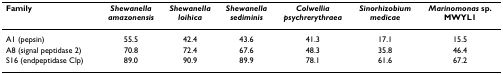
<table><thead><tr><td><b>Family</b></td><td><b><i>Shewanella</i><i>amazonensis</i></b></td><td><b><i>Shewanella</i><i>loihica</i></b></td><td><b><i>Shewanella</i><i>sediminis</i></b></td><td><b><i>Colwellia</i><i>psychrerythraea</i></b></td><td><b><i>Sinorhizobium</i><i>medicae</i></b></td><td><b><i>Marinomonas </i>sp.MWYL1</b></td></tr></thead><tbody><tr><td>A1 (pepsin)</td><td>55.5</td><td>42.4</td><td>43.6</td><td>41.3</td><td>17.1</td><td>15.5</td></tr><tr><td>A8 (signal peptidase 2)</td><td>70.8</td><td>72.4</td><td>67.6</td><td>48.3</td><td>35.8</td><td>46.4</td></tr><tr><td>S16 (endpeptidase Clp)</td><td>89.0</td><td>90.9</td><td>89.9</td><td>78.1</td><td>61.6</td><td>67.2</td></tr></tbody></table>